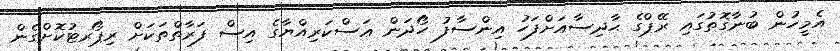
އެމީހުން ބުނާގޮތުގައި ރޭޕްގެ ޙާދިސާއަށްފަހު އިންސާފު ހޯދަން ޢަސްކަރިއްޔާގެ އިސް ފަރާތްތަކަށް ރިޕޯރޓުކޮށްގެން